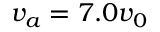
v _ { a } = 7 . 0 v _ { 0 }